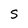
Character: S